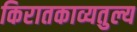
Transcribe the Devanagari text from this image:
किरातकाव्यतुल्य